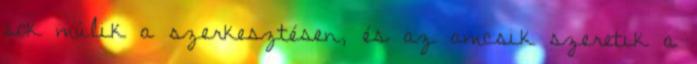
sok múlik a szerkesztésen, és az amcsik szeretik a